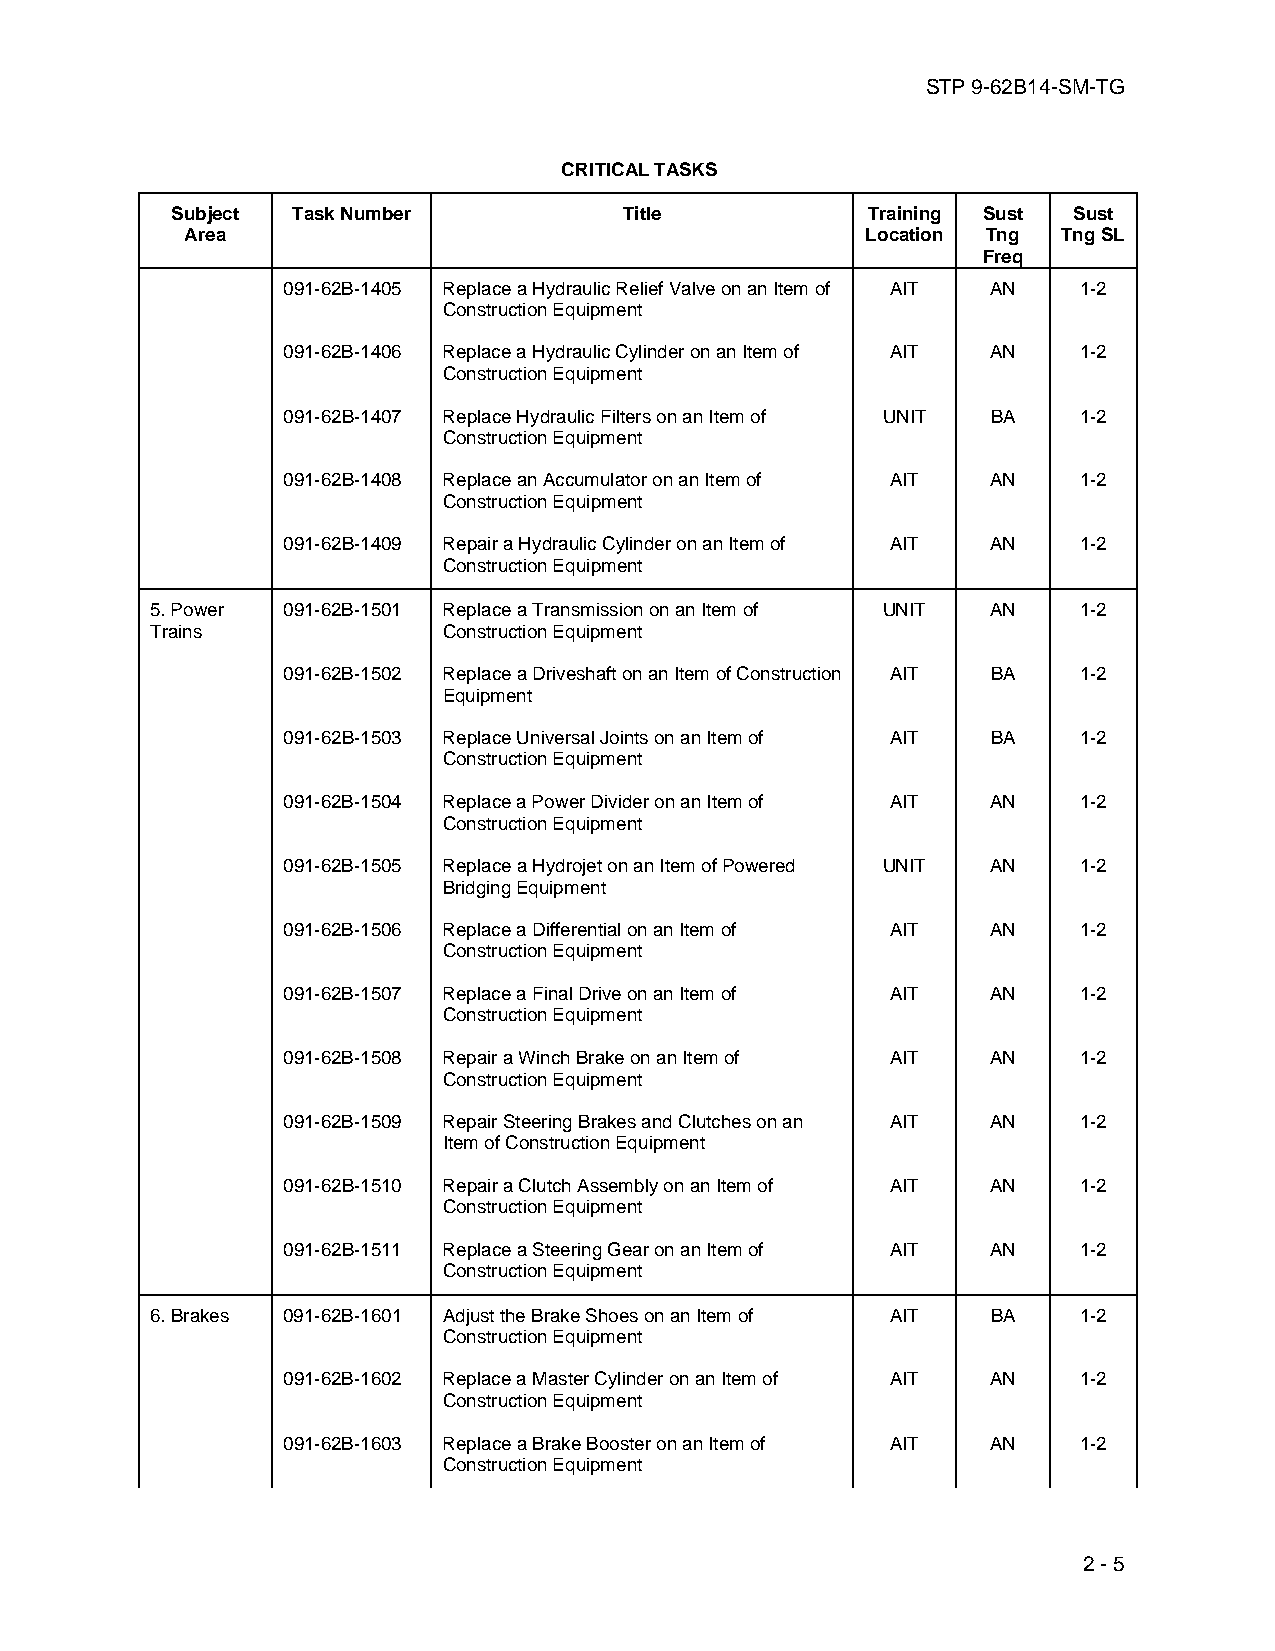
STP 9-62B14-SM-TG
 CRITICAL TASKS
 Subject Task Number           Title           Training Sust Sust
 Area                                         Location Tng Tng SL
 Freq
 091-62B-1405 Replace a Hydraulic Relief Valve on an Item of AIT AN 1-2
 Construction Equipment
 091-62B-1406 Replace a Hydraulic Cylinder on an Item of AIT AN 1-2
 Construction Equipment
 091-62B-1407 Replace Hydraulic Filters on an Item of UNIT BA 1-2
 Construction Equipment
 091-62B-1408 Replace an Accumulator on an Item of AIT AN 1-2
 Construction Equipment
 091-62B-1409 Repair a Hydraulic Cylinder on an Item of AIT AN 1-2
 Construction Equipment
 5. Power 091-62B-1501 Replace a Transmission on an Item of UNIT AN 1-2
 Trains             Construction Equipment
 091-62B-1502 Replace a Driveshaft on an Item of Construction AIT BA 1-2
 Equipment
 091-62B-1503 Replace Universal Joints on an Item of AIT BA 1-2
 Construction Equipment
 091-62B-1504 Replace a Power Divider on an Item of AIT AN 1-2
 Construction Equipment
 091-62B-1505 Replace a Hydrojet on an Item of Powered UNIT AN 1-2
 Bridging Equipment
 091-62B-1506 Replace a Differential on an Item of AIT AN 1-2
 Construction Equipment
 091-62B-1507 Replace a Final Drive on an Item of AIT AN 1-2
 Construction Equipment
 091-62B-1508 Repair a Winch Brake on an Item of AIT AN 1-2
 Construction Equipment
 091-62B-1509 Repair Steering Brakes and Clutches on an AIT AN 1-2
 Item of Construction Equipment
 091-62B-1510 Repair a Clutch Assembly on an Item of AIT AN 1-2
 Construction Equipment
 091-62B-1511 Replace a Steering Gear on an Item of AIT AN 1-2
 Construction Equipment
 6. Brakes 091-62B-1601 Adjust the Brake Shoes on an Item of AIT BA 1-2
 Construction Equipment
 091-62B-1602 Replace a Master Cylinder on an Item of AIT AN 1-2
 Construction Equipment
 091-62B-1603 Replace a Brake Booster on an Item of AIT AN 1-2
 Construction Equipment
 2 - 5